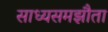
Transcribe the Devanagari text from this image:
साध्यसमझौता